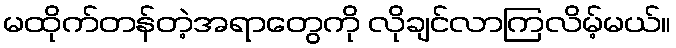
မထိုက်တန်တဲ့အရာတွေကို လိုချင်လာကြလိမ့်မယ်။